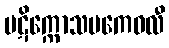
ပဋိက္ကောသမကေဝလီ